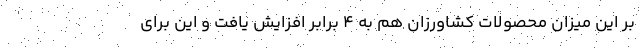
بر این میزان محصولات کشاورزان هم به ۴ برابر افزایش یافت و این برای